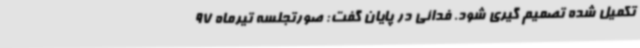
تکمیل شده تصمیم گیری شود. فدائی در پایان گفت: صورتجلسه تیرماه 97